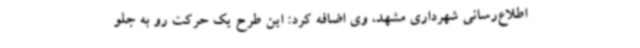
اطلاع‌رسانی شهرداری مشهد، وی اضافه کرد: این طرح یک حرکت رو به جلو